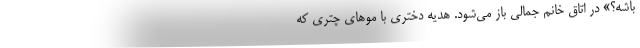
باشه؟» در اتاق خانم جمالی باز می‌شود. هدیه دختری با موهای چتری که